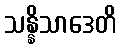
သန္နိသာဒေတိ